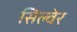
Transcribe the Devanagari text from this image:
सिल्वेर